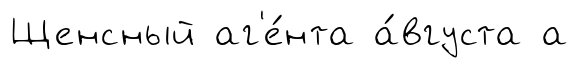
Щенсный аг'е́нта а́вгуста а